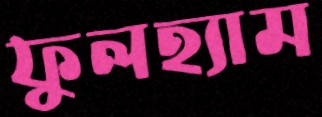
ফুলহ্যাম